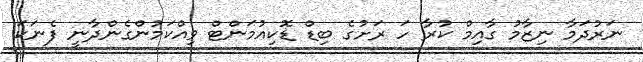
ނަރުދަމާ ނިޒާމު ގާއިމް ކުރާ ހަ ރަށުގެ ބިޑް ޑޮކިއުމަންޓް ވިއްކަމުންގެންދާނީ ފެނަކަ